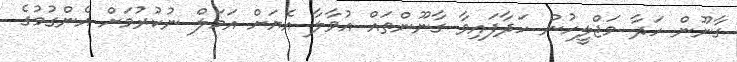
ގާނޫން ހަދާ މަޖްލީހުން ހަދާފައިވާ ގާނޫންތައް އުވާލާ އެޔަށް އަމަލް ނުކުރުމަށް އެންގުމުގެ